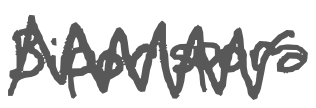
Text: Biporispora
Cross-out: zig-zag
Writing tool: digital_gray